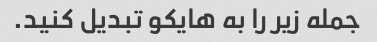
جمله زیر را به هایکو تبدیل کنید.